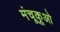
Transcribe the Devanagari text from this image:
मंचूकूओ